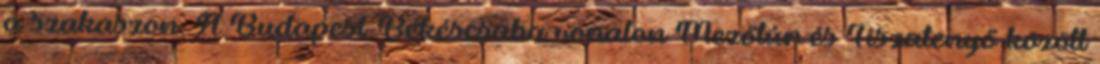
a szakaszon. A Budapest-Békéscsaba vonalon Mezőtúr és Tiszatenyő között